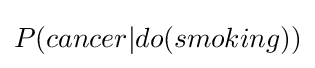
P(cancer|do(smoking))